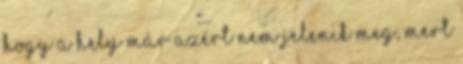
hogy a hely már azért nem jelenik meg, mert